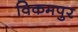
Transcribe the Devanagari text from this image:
विकमपुर